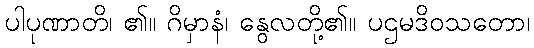
ပါပုဏာတိ၊ ၏။ ဂိမှာနံ၊ နွေလတို့၏။ ပဌမဒိဝသတော၊